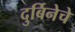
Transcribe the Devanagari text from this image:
दुर्बिनेचे